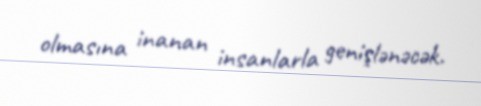
olmasına inanan insanlarla genişlənəcək.